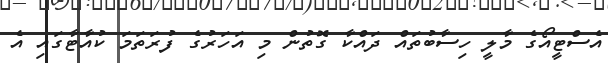
އެސްޓީއޯގެ މާލީ ހިސާބުތައް ދައްކާ ގޮތުން މި އަހަރުގެ ފުރަތަމަ ކުއާޓާގައި އެ